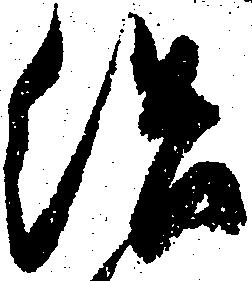
結